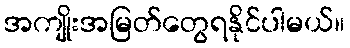
အကျိုးအမြတ်တွေရနိုင်ပါမယ်။